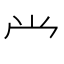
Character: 龸